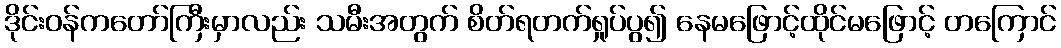
ဒိုင်းဝန်ကတော်ကြီးမှာလည်း သမီးအတွက် စိတ်ရတက်ရှုပ်ပွ၍ နေမဖြောင့်ထိုင်မဖြောင့် တကြောင်